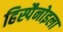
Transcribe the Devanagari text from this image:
हिस्पैनोइला